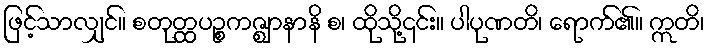
ဖြင့်သာလျှင်။ စတုတ္ထပဉ္စကဇ္ဈာနာနိ စ၊ ထိုသို့၎င်း။ ပါပုဏတိ၊ ရောက်၏။ ဣတိ၊